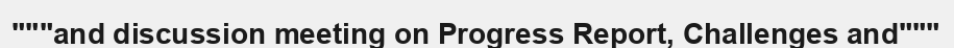
"""and discussion meeting on Progress Report, Challenges and"""